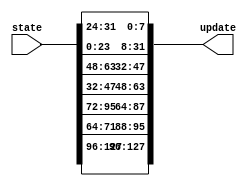
`timescale 1ns/1ps
module ShiftRows (state, update);

parameter W = 8;

input [128-1 : 0] state;
output [128-1 : 0] update;

//ROW 1
assign update [16*W - 1 : 12*W] = state [16*W - 1 : 12*W];
//ROW 2
assign update [12*W - 1 : 11*W] = state [9*W - 1 : 8*W];
assign update [11*W - 1 : 8*W] = state [12*W - 1 : 9*W];
//ROW 3
assign update [8*W - 1 : 6*W] = state [6*W - 1 : 4*W];
assign update [6*W - 1 : 4*W] = state [8*W - 1 : 6*W];

//ROW 4
assign update [4*W - 1 : W] = state [3*W - 1 : 0];
assign update [W - 1 : 0] = state [4*W - 1 : 3*W];

endmodule